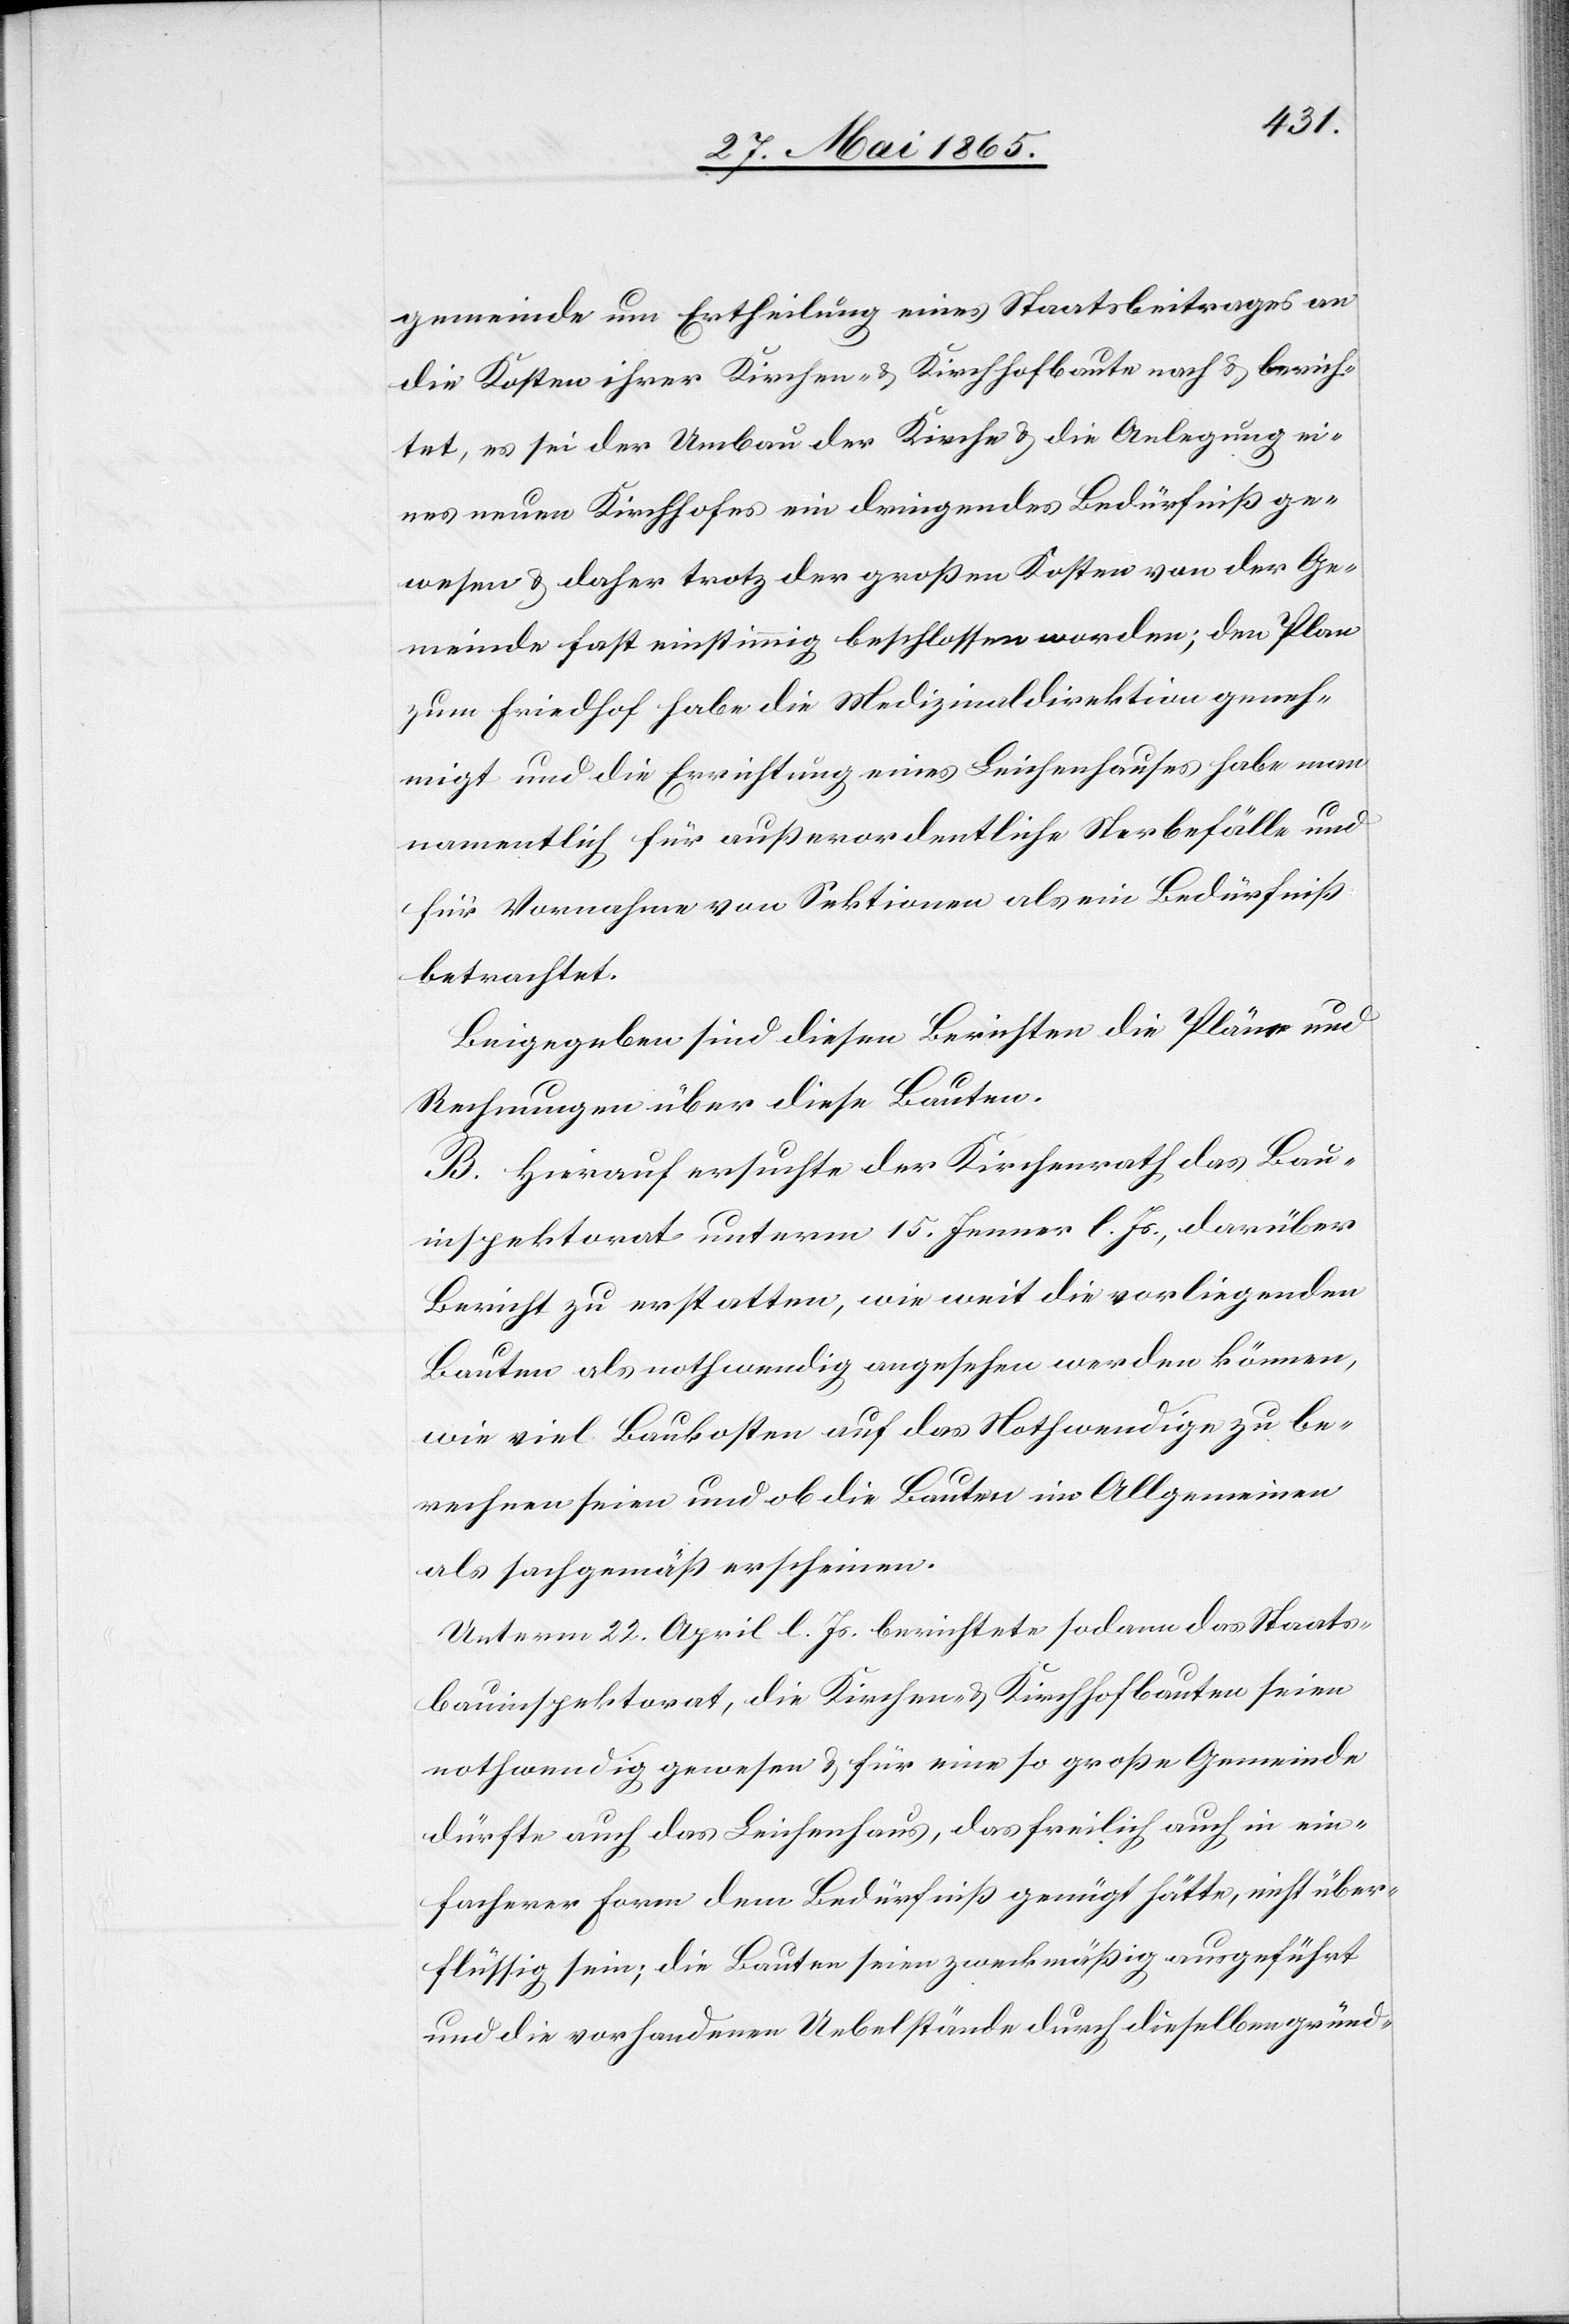
gemeinde um Ertheilung eines Staatsbeitrages an
die Kosten ihrer Kirchen- & Kirchhofbaute nach & berich¬
tet, es sei der Umbau der Kirche & die Anlegung ei¬
nes neuen Kirchhofes ein dringendes Bedürfniß ge¬
wesen & daher trotz der großen Kosten von der Ge¬
meinde fast einstimmig beschlossen worden; den Plan
zum Friedhof habe die Medizinaldirektion geneh¬
migt und die Errichtung eines Leichenhauses habe man
namentlich für außerordentliche Sterbefälle und
für Vornahme von Sektionen als ein Bedürfniß
betrachtet.
Beigegeben sind diesen Berichten die Pläne und
Rechnungen über diese Bauten.
B. Hierauf ersuchte der Kirchenrath das Bau¬
inspektorat unterm 15. Jenner l. Js., darüber
Bericht zu erstatten, wie weit die vorliegenden
Bauten als nothwendig angesehen werden können,
wie viel Baukosten auf das Nothwendige zu be¬
rechnen seien und ob die Bauten im Allgemeinen
als sachgemäß erscheinen.
Unterm 22. April l. Js. berichtete sodann das Staats¬
bauinspektorat, die Kirchen- & Kirchhofbauten seien
nothwendig gewesen & für eine so große Gemeinde
dürfte auch das Leichenhaus, das freilich auch in ein¬
facherer Form dem Bedürfniß genügt hätte, nicht über¬
flüssig sein; die Bauten seien zweckmäßig ausgeführt
und die vorhandenen Uebelstände durch dieselben gründ-